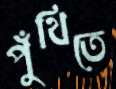
পুঁথিতে